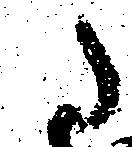
に